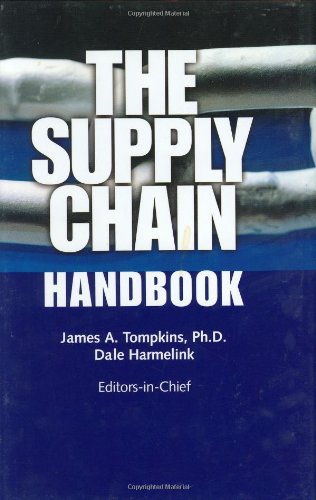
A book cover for The Supply Chain Handbook; Business & Money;